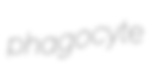
phagocyte